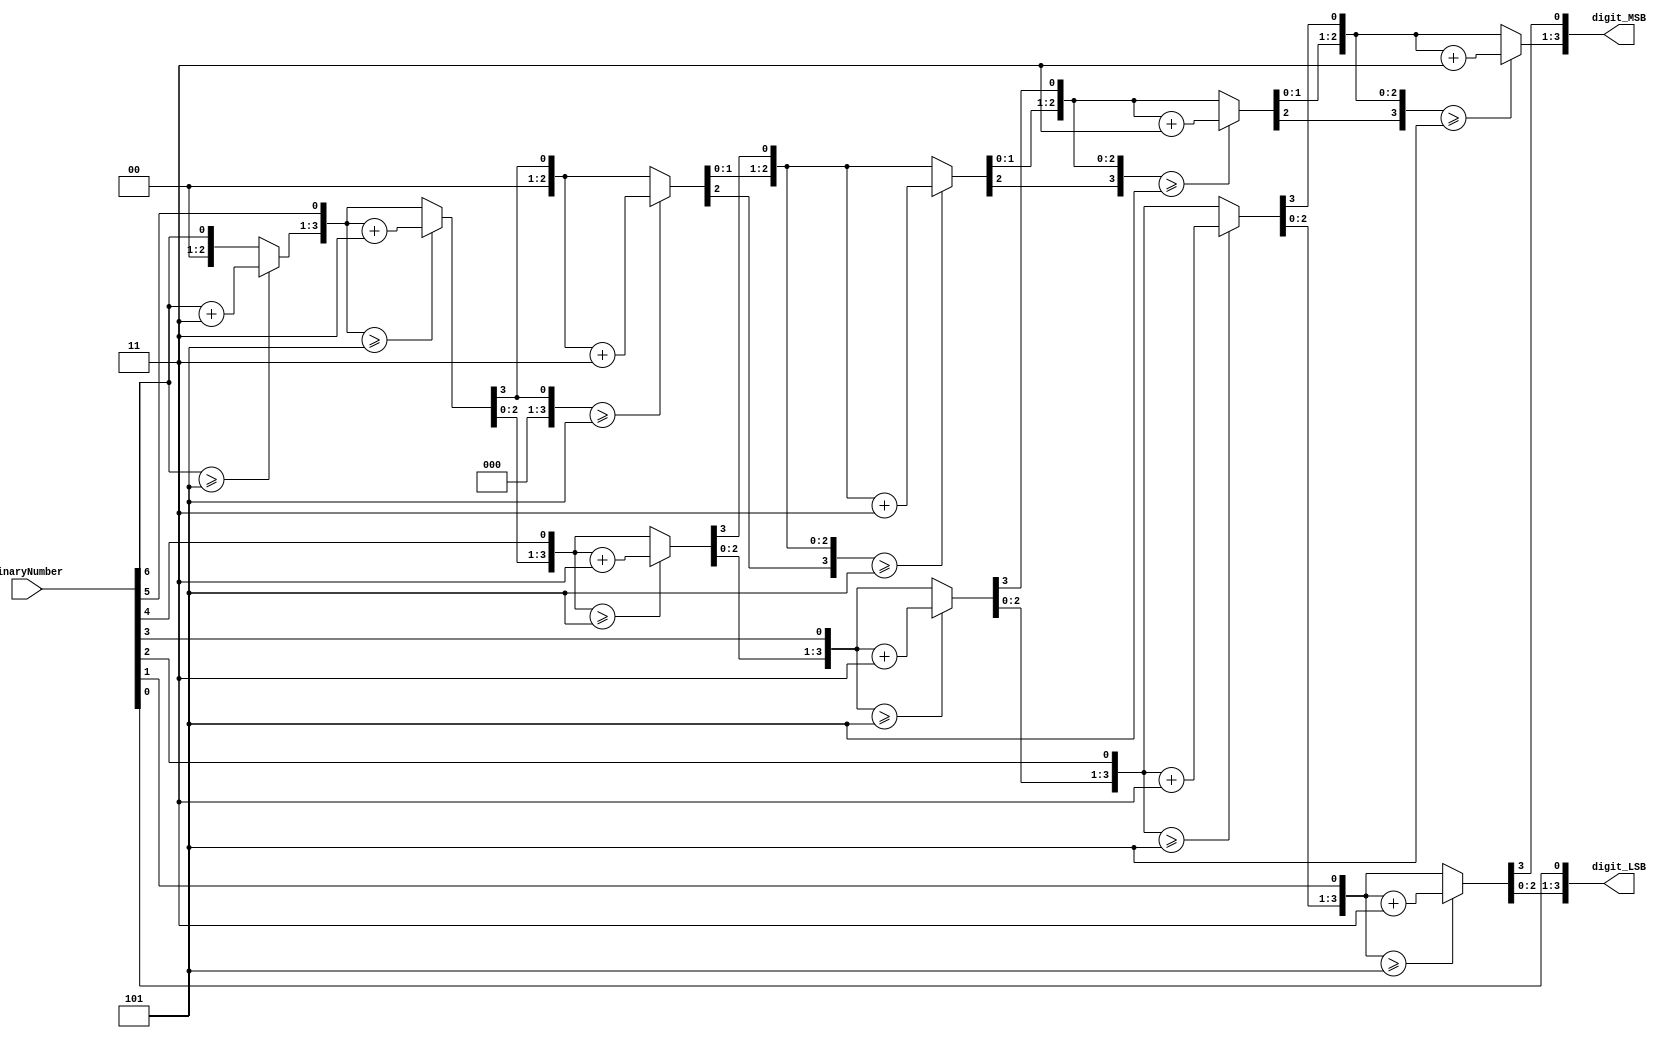
`timescale 1ns / 1ps

module numberToDigits(
	input [6:0] binaryNumber,
	output reg [3:0] digit_MSB,
	output reg [3:0] digit_LSB
    );
	 
integer i;

always@(binaryNumber)

	begin

		digit_LSB = 0;
		digit_MSB = 0;
		
		for(i=6; i>=0;i=i-1)
		
			begin
			
				if (digit_MSB>=5)
					
					digit_MSB = digit_MSB + 3;
					
				if (digit_LSB>=5)
					
					digit_LSB = digit_LSB + 3;
				
				digit_MSB = digit_MSB << 1;
				digit_MSB[0] = digit_LSB[3];
				digit_LSB = digit_LSB << 1;
				digit_LSB[0] = binaryNumber[i];
				
			end
		
	end

endmodule